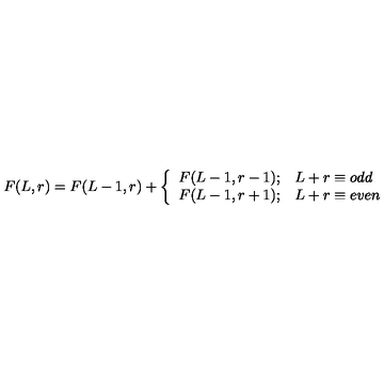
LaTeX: F ( L , r ) = F ( L - 1 , r ) + \left\{ \begin{array} { c l } { F ( L - 1 , r - 1 ) ; } & { L + r \equiv o d d } \\ { F ( L - 1 , r + 1 ) ; } & { L + r \equiv e v e n } \\ \end{array} \right.